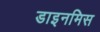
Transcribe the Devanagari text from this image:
डाइनमिस